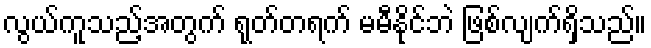
လွယ်ကူသည့်အတွက် ရုတ်တရက် မမီနိုင်ဘဲ ဖြစ်လျက်ရှိသည်။